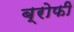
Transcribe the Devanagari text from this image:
ब्रोफी